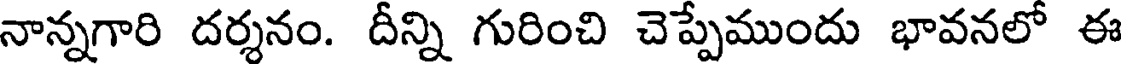
నాన్నగారి దర్శనం. దీన్ని గురించి చెప్పేముందు భావనలో ఈ